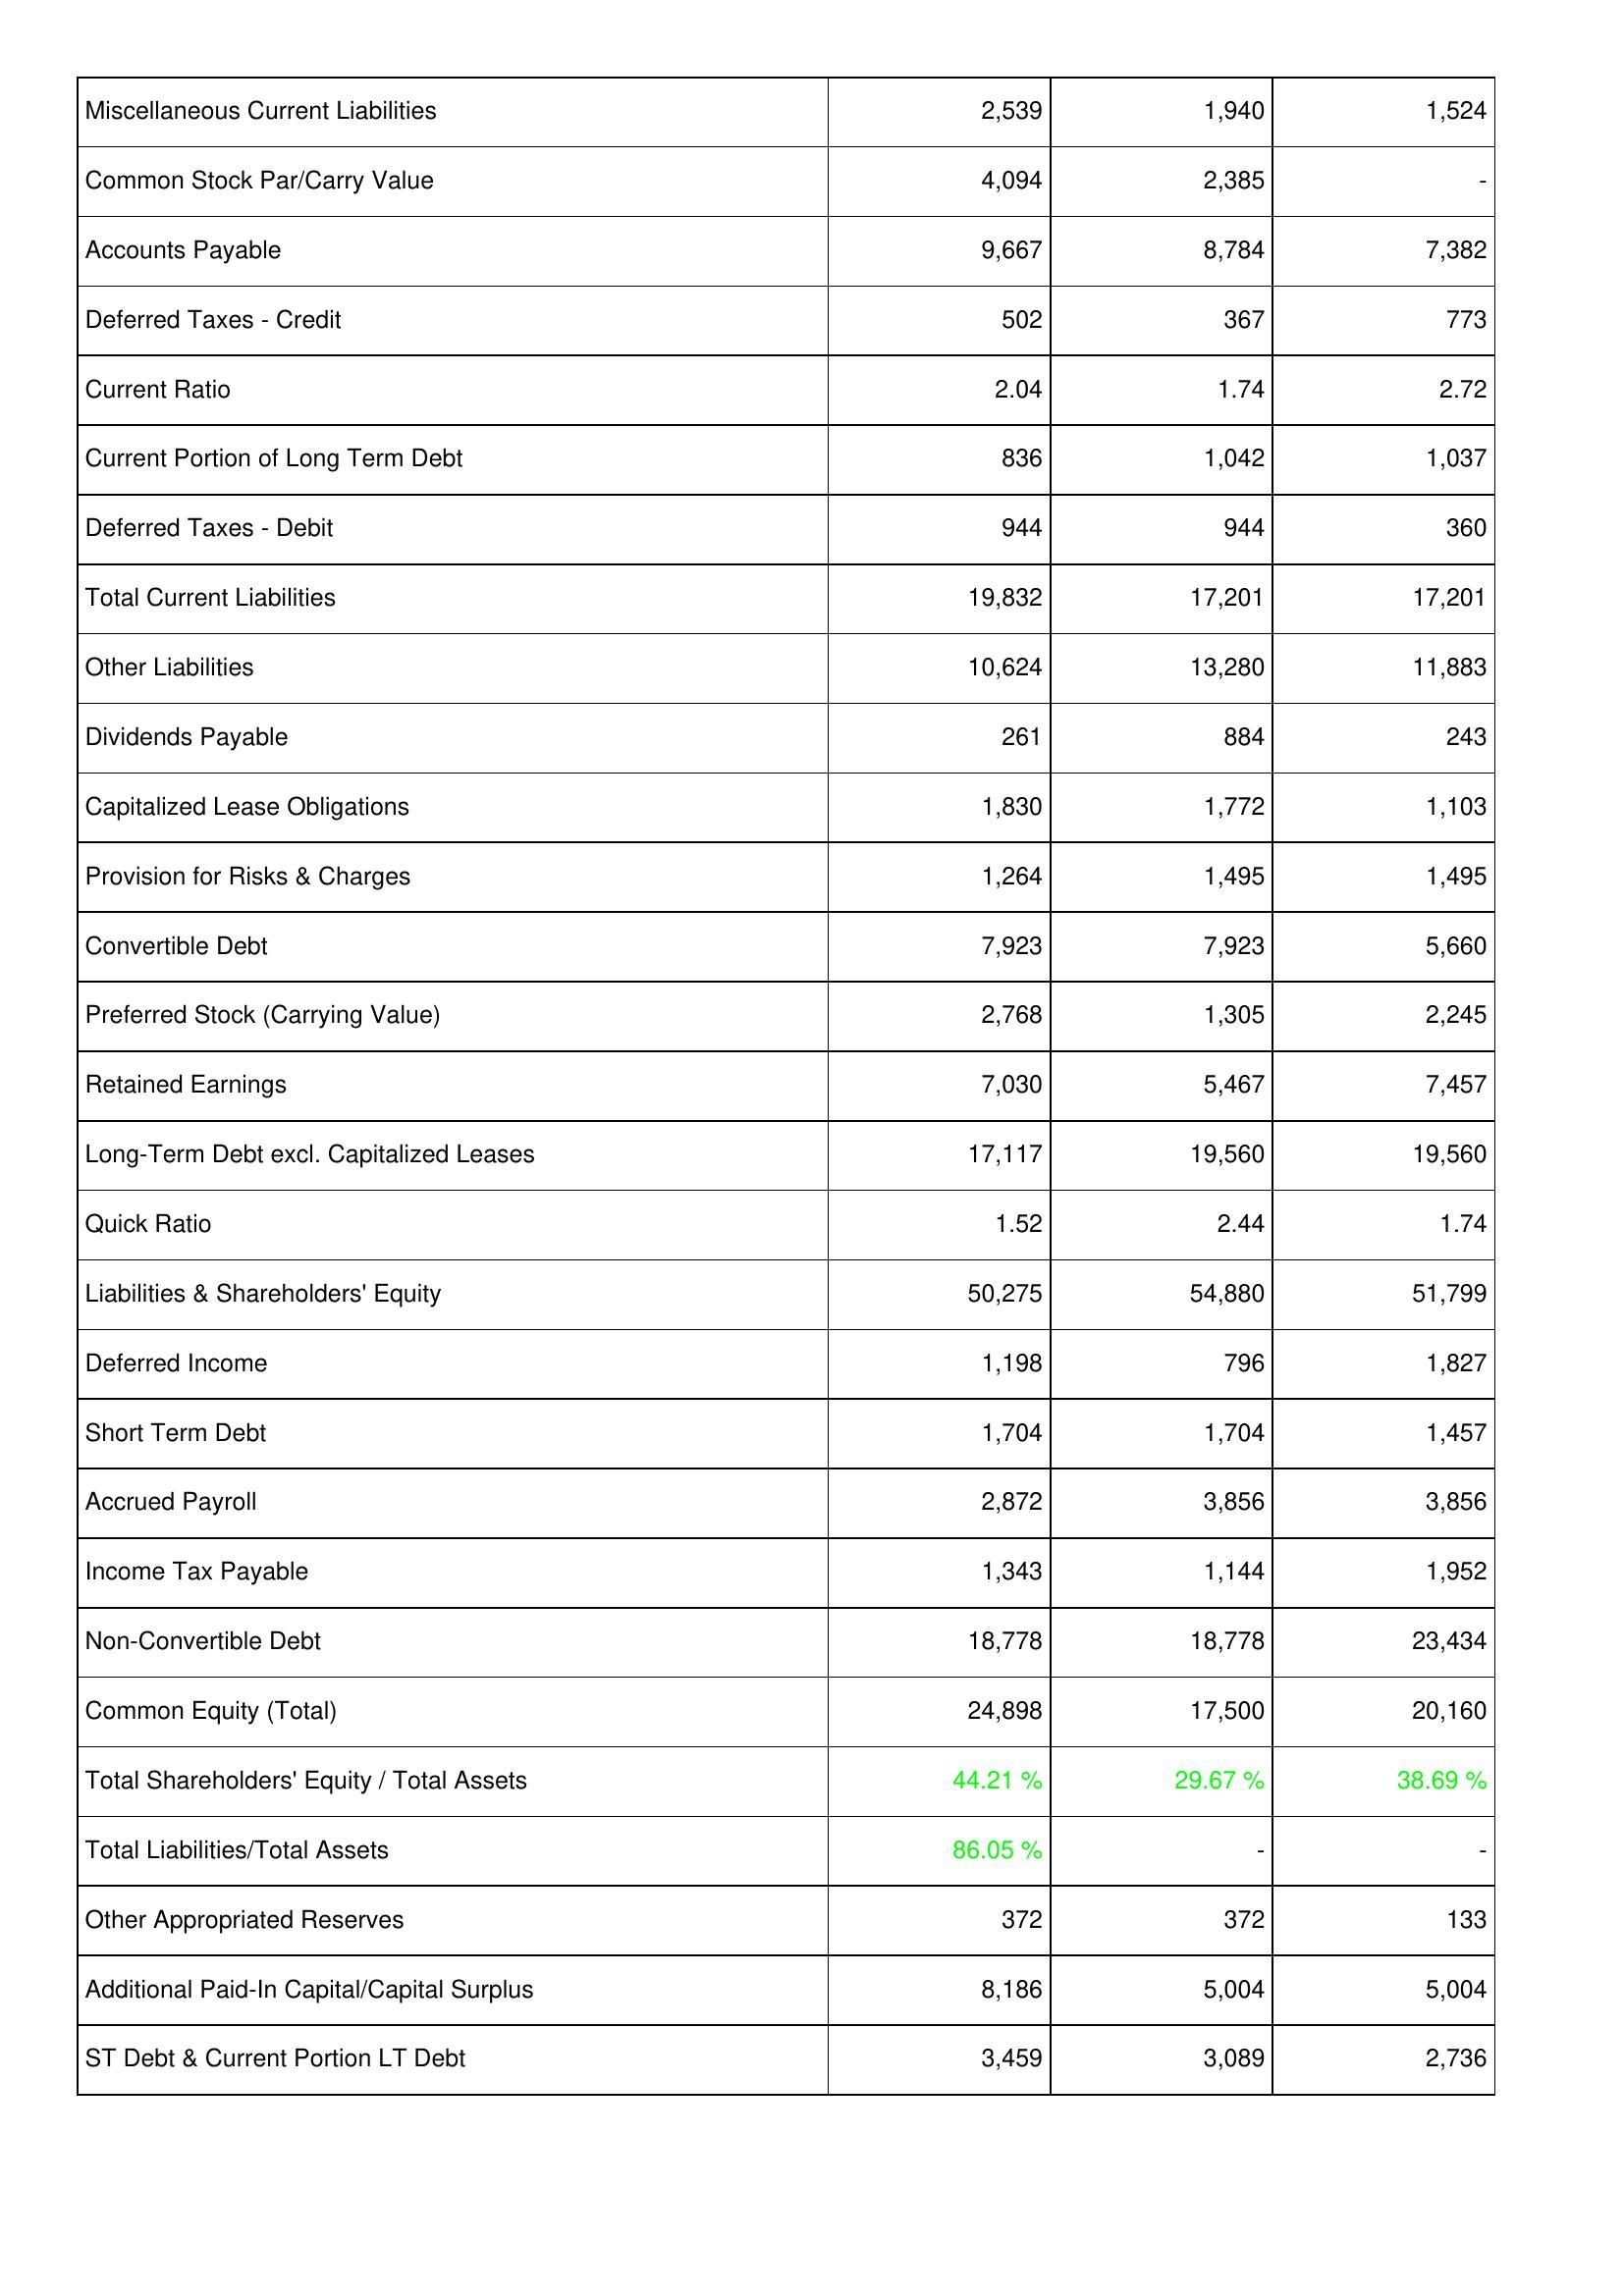
2014: Liabilities & Shareholders' Equity: Miscellaneous Current Liabilities: 2,539
Common Stock Par/Carry Value: 4,094
Accounts Payable: 9,667
Deferred Taxes - Credit: 502
Current Ratio: 2.04
Current Portion of Long Term Debt: 836
Deferred Taxes - Debit: 944
Total Current Liabilities: 19,832
Other Liabilities: 10,624
Dividends Payable: 261
Capitalized Lease Obligations: 1,830
Provision for Risks & Charges: 1,264
Convertible Debt: 7,923
Preferred Stock (Carrying Value): 2,768
Retained Earnings: 7,030
Long-Term Debt excl. Capitalized Leases: 17,117
Quick Ratio: 1.52
Liabilities & Shareholders' Equity: 50,275
Deferred Income: 1,198
Short Term Debt: 1,704
Accrued Payroll: 2,872
Income Tax Payable: 1,343
Non-Convertible Debt: 18,778
Common Equity (Total): 24,898
Total Shareholders' Equity / Total Assets: 44.21 %
Total Liabilities/Total Assets: 86.05 %
Other Appropriated Reserves: 372
Additional Paid-In Capital/Capital Surplus: 8,186
ST Debt & Current Portion LT Debt: 3,459
2013: Liabilities & Shareholders' Equity: Miscellaneous Current Liabilities: 1,940
Common Stock Par/Carry Value: 2,385
Accounts Payable: 8,784
Deferred Taxes - Credit: 367
Current Ratio: 1.74
Current Portion of Long Term Debt: 1,042
Deferred Taxes - Debit: 944
Total Current Liabilities: 17,201
Other Liabilities: 13,280
Dividends Payable: 884
Capitalized Lease Obligations: 1,772
Provision for Risks & Charges: 1,495
Convertible Debt: 7,923
Preferred Stock (Carrying Value): 1,305
Retained Earnings: 5,467
Long-Term Debt excl. Capitalized Leases: 19,560
Quick Ratio: 2.44
Liabilities & Shareholders' Equity: 54,880
Deferred Income: 796
Short Term Debt: 1,704
Accrued Payroll: 3,856
Income Tax Payable: 1,144
Non-Convertible Debt: 18,778
Common Equity (Total): 17,500
Total Shareholders' Equity / Total Assets: 29.67 %
Total Liabilities/Total Assets: -
Other Appropriated Reserves: 372
Additional Paid-In Capital/Capital Surplus: 5,004
ST Debt & Current Portion LT Debt: 3,089
2012: Liabilities & Shareholders' Equity: Miscellaneous Current Liabilities: 1,524
Common Stock Par/Carry Value: -
Accounts Payable: 7,382
Deferred Taxes - Credit: 773
Current Ratio: 2.72
Current Portion of Long Term Debt: 1,037
Deferred Taxes - Debit: 360
Total Current Liabilities: 17,201
Other Liabilities: 11,883
Dividends Payable: 243
Capitalized Lease Obligations: 1,103
Provision for Risks & Charges: 1,495
Convertible Debt: 5,660
Preferred Stock (Carrying Value): 2,245
Retained Earnings: 7,457
Long-Term Debt excl. Capitalized Leases: 19,560
Quick Ratio: 1.74
Liabilities & Shareholders' Equity: 51,799
Deferred Income: 1,827
Short Term Debt: 1,457
Accrued Payroll: 3,856
Income Tax Payable: 1,952
Non-Convertible Debt: 23,434
Common Equity (Total): 20,160
Total Shareholders' Equity / Total Assets: 38.69 %
Total Liabilities/Total Assets: -
Other Appropriated Reserves: 133
Additional Paid-In Capital/Capital Surplus: 5,004
ST Debt & Current Portion LT Debt: 2,736